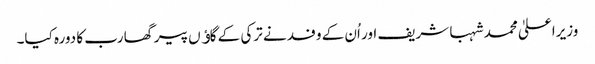
وزیراعلیٰ محمد شہبا شریف اور اُن کے وفد نے ترکی کے گاﺅں پیرگھا رب کا دورہ کیا۔